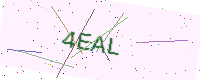
Text: 4EAL